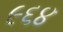
૯૬૪